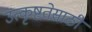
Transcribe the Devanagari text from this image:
उत्कृष्टतेसाठी